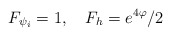
\begin{align*}F_{\psi _i}=1,\quad F_h=e^{4\varphi }/2 \end{align*}